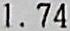
1.74